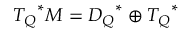
{ T _ { Q } } ^ { * } M = { { \cal D } _ { Q } } ^ { * } \oplus { { \cal T } _ { Q } } ^ { * }